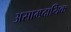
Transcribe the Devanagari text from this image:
असाम्प्र्दायिक